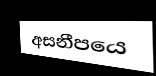
අසනීපයෙ